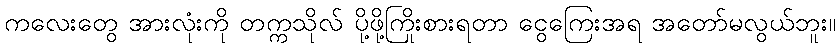
ကလေးတွေ အားလုံးကို တက္ကသိုလ် ပို့ဖို့ကြိုးစားရတာ ငွေကြေးအရ အတော်မလွယ်ဘူး။